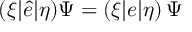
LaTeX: ( \xi | \hat { e } | \eta ) \Psi = ( \xi | e | \eta ) \, \Psi